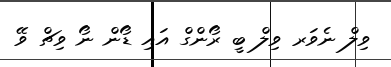
ވިލް ނެވަރ ވިލް ބީ ރޯންގް އައި ޑޯން ނޯ ވިޗް ވޭ